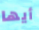
أيها